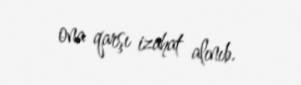
ona qarşı izahat alınıb.